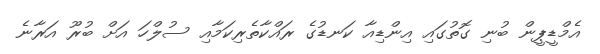
އެމްޑީޕީން ބުނި ގޮތުގައި އިންޑިއާ ކަނޑުގެ ރައްކާތެރިކަމާއި ސުލްހަ އަށް ބުރޫ އަރާނެ